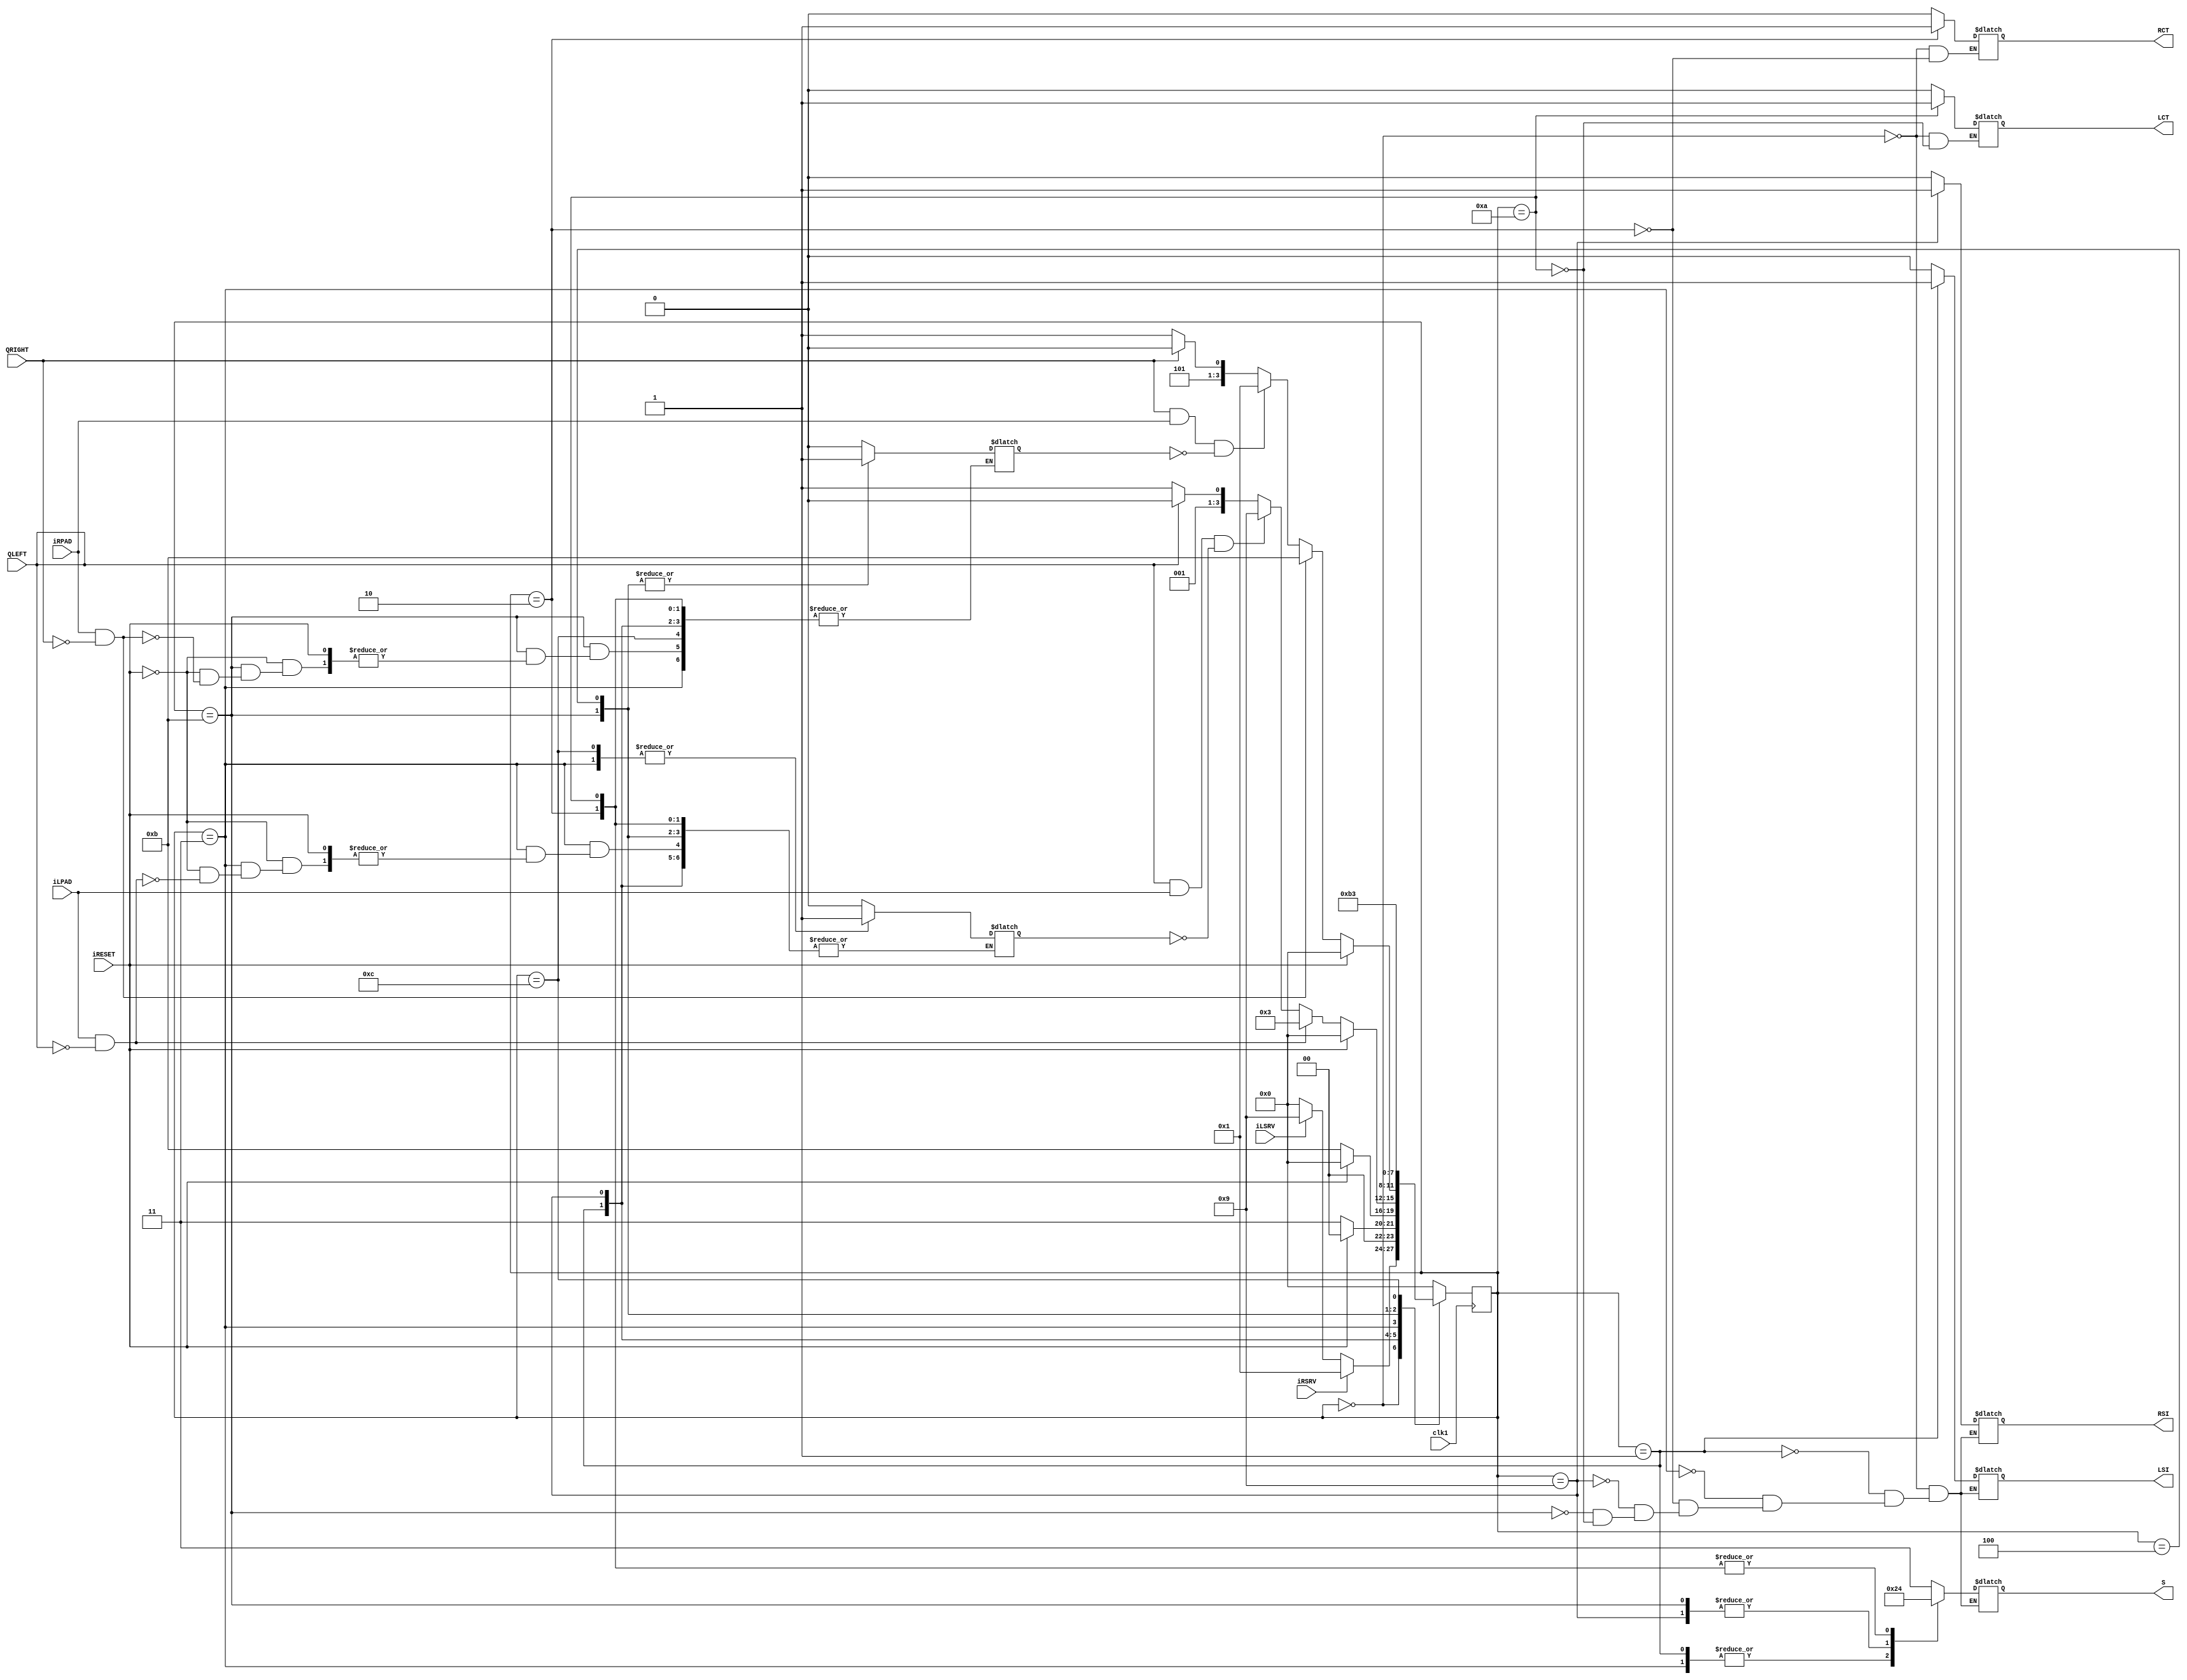

module pong_controller2(QLEFT, QRIGHT, iRESET, iRSRV, iLSRV, iRPAD, iLPAD, clk1, S, LCT, RCT, LSI, RSI);
	input QLEFT, QRIGHT, iRESET, iRSRV, iLSRV, iRPAD, iLPAD, clk1;
	output reg LCT, RCT, LSI, RSI;
	output reg [1:0] S;
	reg [3:0] PSTATE, NSTATE;
	parameter [3:0] sIDLE = 4'b0000, sRSRV = 4'b0001, sENDL = 4'b0010, sMOVL = 4'b0011, sMISL = 4'b0100, sLSRV = 4'b1001, sENDR = 4'b1010, sMOVR = 4'b1011, sMISR = 4'b1100;
	reg missL, missR;
	always @(PSTATE)
	begin
		case (PSTATE)
			sIDLE :
				begin
				if(iRSRV == 1) NSTATE = sRSRV;
				else if(iLSRV == 1) NSTATE = sLSRV;
				else NSTATE = sIDLE;
				RCT = 0;
				LCT = 0;
				missR = 0;
				missL = 0;
				end
			sRSRV :
				if(iRESET ==1) NSTATE = sIDLE;
				else NSTATE = sMOVL;
			sLSRV :
				if(iRESET ==1) NSTATE = sIDLE;
				else NSTATE = sMOVR;
			sMOVL :
				if(iRESET == 1) NSTATE = sIDLE;
				else if(iLPAD == 1 && QLEFT != 1) begin missL = 1; NSTATE = sMOVL; end
				else if(QLEFT == 1 && iLPAD == 1 && missL == 0) NSTATE = sLSRV;
				else if(QLEFT == 0) NSTATE = sMOVL;
				else NSTATE = sENDL;
			sMOVR :
				if(iRESET == 1) NSTATE = sIDLE;
				else if(iRPAD == 1 && QRIGHT != 1) begin missR = 1; NSTATE = sMOVR; end
				else if(QRIGHT == 1 && iRPAD == 1 && missR == 0) NSTATE = sRSRV;
				else if(QRIGHT == 0) NSTATE = sMOVR;
				else NSTATE = sENDR;
				
			sMISL : 
			begin 
			NSTATE = sMOVR;
			missR = 1;
			end
			sMISR : 
			begin 
			NSTATE = sMOVL;
			missL = 1;
			end
			sENDL :
			begin
				NSTATE = sIDLE;
				RCT = 1;
			end
			sENDR : 
			begin
				NSTATE = sIDLE;
				LCT = 1;
			end
			default :
				begin
				NSTATE = sIDLE;
				missR = 0;
				missL = 0;
				end
		endcase
	end

always @(PSTATE)
	case (PSTATE)
		sIDLE : // S = 2'b11
		begin
			LSI = 0;
			RSI = 0;
			S = 2'b11;
		end
		sRSRV :
		begin
			LSI = 1;
			RSI = 0;
			S = 2'b10;
		end
		sMOVL : // S = 2'b10
		begin
			LSI = 0;
			RSI = 0;
			S = 2'b10;
		end
		sENDL :
		begin
			LSI = 0;
			RSI = 0;
			S = 2'b00;
		end
		sLSRV :
		begin
			LSI = 0;
			RSI = 1;
			S = 2'b01;
		end
		sMOVR : // S = 2'b01
		begin
			LSI = 0;
			RSI = 0;
			S = 2'b01;
		end
		sENDR :
		begin
			LSI = 0;
			RSI = 0;
			S = 2'b00;
		end
	endcase

	always @(posedge clk1)
		PSTATE <= NSTATE;
endmodule